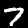
Digit: 7